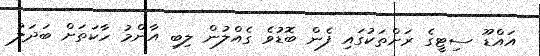
އައްޑޫ ސިޓީގެ ރަށްތަކުގައި ފެން ބޮޑުވެ ގެއްލުން ލިބި އާންމު ހާކަތަށް ބަދަލު